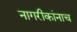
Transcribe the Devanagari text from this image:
नागरीकांनाच